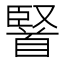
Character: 𮩤